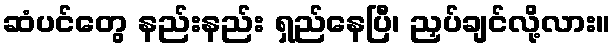
ဆံပင်တွေ နည်းနည်း ရှည်နေပြီ၊ ညှပ်ချင်လို့လား။